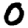
Digit: 0